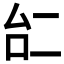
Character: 𠄩